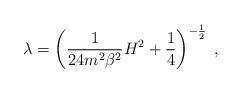
LaTeX: \begin{align*}\lambda=\left(\frac{1 }{24 m^2\beta^2} H^2+\frac{1}{4}\right)^{-\frac{1}{2}}\; ,\end{align*}